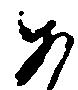
あ